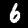
Digit: 6